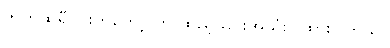
ဘက်ထရီပိုင်းကတော့ ကို ထည့်သွင်းအသုံးပြုထားပါတယ်။